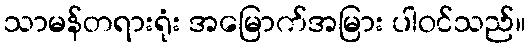
သာမန်တရားရုံး အမြောက်အမြား ပါဝင်သည်။